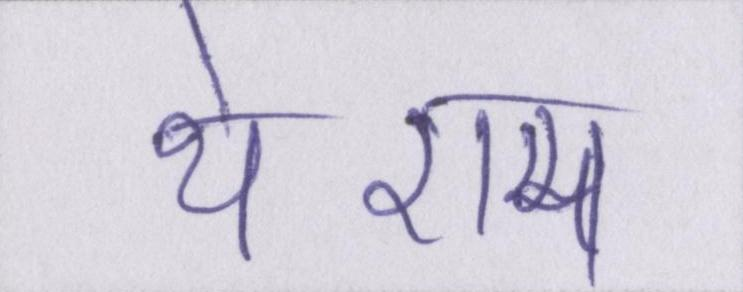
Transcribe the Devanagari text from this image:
थे-राम